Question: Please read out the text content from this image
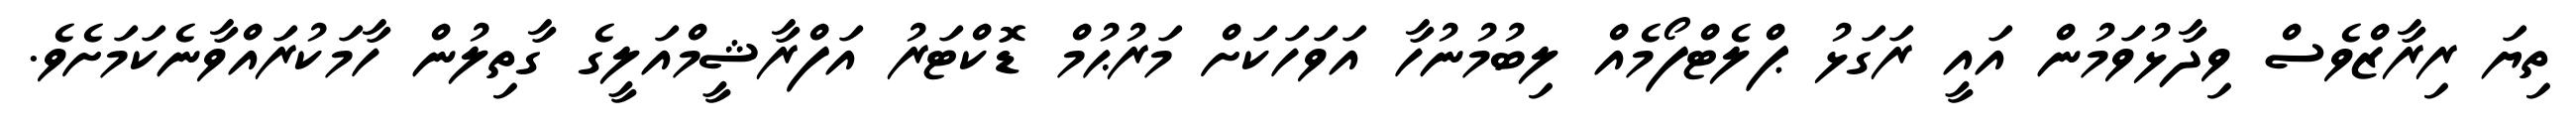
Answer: ތިޔަ ރިރާޒްވެސް ވިދާޅުވަމުން އައީ ރަގަޅު ޕްލެޓްފޯމެއް ލިބުމުނުހާ އަވަހަކަށް މަރުޙުމް ޑޮކްޓަރު އަފްރާޝީމްއަލީގެ ގާތިލުން ހާމަކުރައްވާނެކަމަށެވެ.